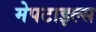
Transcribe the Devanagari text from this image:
मेपटाइल्स